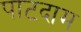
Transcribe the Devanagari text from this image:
पाटदाम